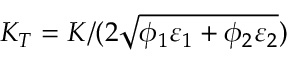
K _ { T } = K / ( 2 \sqrt { \phi _ { 1 } \varepsilon _ { 1 } + \phi _ { 2 } \varepsilon _ { 2 } } )